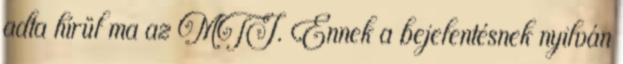
adta hírül ma az MTI. Ennek a bejelentésnek nyilván